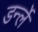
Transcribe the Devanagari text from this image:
डर्न्ले